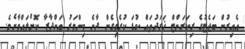
އެއިރުން ބަޖެޓުގެ ރިކަރަންޓް ޚަރަދުތައް ކުޑަ ކުރެވިގެން ދާނެ މިންވަރު އަންދާޒާ ކޮށްލައްވާށެވެ.